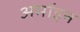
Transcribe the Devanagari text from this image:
अर्माइन